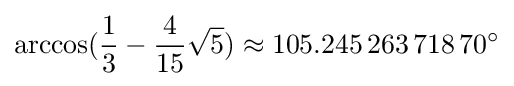
\arccos({\frac {1}{3}}-{\frac {4}{15}}{\sqrt {5}})\approx 105.245\,263\,718\,70^{\circ }